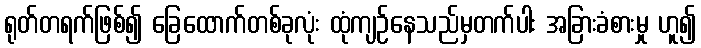
ရုတ်တရက်ဖြစ်၍ ခြေထောက်တစ်ခုလုံး ထုံကျဉ်နေသည်မှတက်ပါး အခြားခံစားမှု ဟူ၍